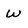
Character: w